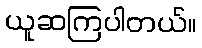
ယူဆကြပါတယ်။